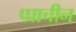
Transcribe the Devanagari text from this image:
प्प्राचीन